Indian Civil Veterinary Department memoirs
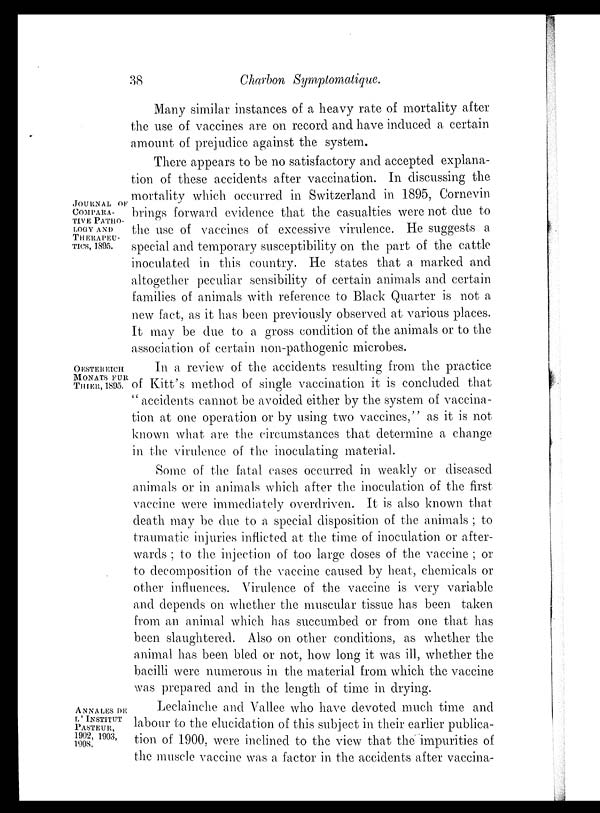
38
Charbon Symptomatique.
Many similar instances of a heavy rate of mortality after
the use of vaccines are on record and have induced a certain
amount of prejudice against the system.
JOURNAL OF
COMPARA-
TIVE PATHO-
LOGY AND
THERAPEU-
TICS, 1895.
There appears to be no satisfactory and accepted explana-
tion of these accidents after vaccination. In discussing the
mortality which occurred in Switzerland in 1895, Cornevin
brings forward evidence that the casualties were not due to
the use of vaccines of excessive virulence. He suggests a
special and temporary susceptibility on the part of the cattle
inoculated in this country. He states that a marked and
altogether peculiar sensibility of certain animals and certain
families of animals with reference to Black Quarter is not a
new fact, as it has been previously observed at various places.
It may be due to a gross condition of the animals or to the
association of certain non-pathogenic microbes.
OESTEREICH
MONATS FUR
THIER, 1895.
In a review of the accidents resulting from the practice
of Kitt's method of single vaccination it is concluded that
" accidents cannot be avoided either by the system of vaccina-
tion at one operation or by using two vaccines," as it is not
known what are the circumstances that determine a change
in the virulence of the inoculating material.
Some of the fatal cases occurred in weakly or diseased
animals or in animals which after the inoculation of the first
vaccine were immediately overdriven. It is also known that
death may be due to a special disposition of the animals; to
traumatic injuries inflicted at the time of inoculation or after-
wards ; to the injection of too large doses of the vaccine ; or
to decomposition of the vaccine caused by heat, chemicals or
other influences. Virulence of the vaccine is very variable
and depends on whether the muscular tissue has been taken
from an animal which has succumbed or from one that has
been slaughtered. Also on other conditions, as whether the
animal has been bled or not, how long it was ill, whether the
bacilli were numerous in the material from which the vaccine
was prepared and in the length of time in drying.
ANNALES DE
L' INSTITUT
PASTEUR,
1902, 1903,
1908.
Leclainche and Vallee who have devoted much time and
labour to the elucidation of this subject in their earlier publica-
tion of 1900, were inclined to the view that the impurities of
the muscle vaccine was a factor in the accidents after vaccina-